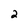
Character: 2